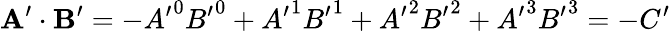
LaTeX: \mathbf{A}^{\prime}\cdot\mathbf{B}^{\prime}=-{A^{\prime}}^{0}{B^{\prime}}^{0}+{A^{\prime}}^{1}{B^{\prime}}^{1}+{A^{\prime}}^{2}{B^{\prime}}^{2}+{A^{\prime}}^{3}{B^{\prime}}^{3}=-C^{\prime}